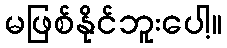
မဖြစ်နိုင်ဘူးပေါ့။